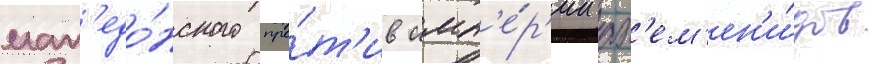
мак'едо́нского про́т'ив имп'е́р'ии ах'ем'ен'и́дов